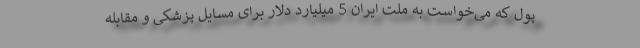
پول که می‌خواست به ملت ایران 5 میلیارد دلار برای مسایل پزشکی و مقابله